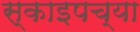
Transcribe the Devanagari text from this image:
स्काइपच्या